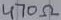
Text: 470Ω